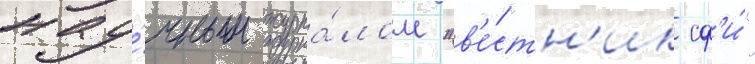
нау́чным журна́лом "в'е́стн'ик сф'и́"